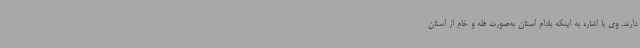
دارند. وی با اشاره به اینکه بادام استان به‌صورت فله و خام از استان